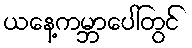
ယနေ့ကမ္ဘာပေါ်တွင်